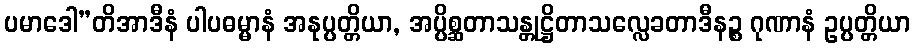
ပမာဒေါ”တိအာဒီနံ ပါပဓမ္မာနံ အနုပ္ပတ္တိယာ, အပ္ပိစ္ဆတာသန္တုဋ္ဌိတာသလ္လေခတာဒီနဉ္စ ဂုဏာနံ ဥပ္ပတ္တိယာ